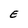
Character: E